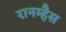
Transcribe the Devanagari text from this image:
रानम्हैस